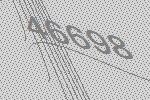
46698